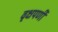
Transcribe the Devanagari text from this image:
वृक्षपर्णी